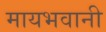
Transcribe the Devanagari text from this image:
मायभवानी